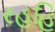
રહહિ